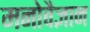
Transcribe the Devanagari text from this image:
मनोवैज्ञान